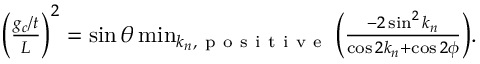
\begin{array} { r } { \Big ( \frac { g _ { c } / t } { L } \Big ) ^ { 2 } = \sin \theta \operatorname* { m i n } _ { k _ { n } , \mathrm { ~ p ~ o ~ s ~ i ~ t ~ i ~ v ~ e ~ } } \Big ( \frac { - 2 \sin ^ { 2 } k _ { n } } { \cos 2 k _ { n } + \cos 2 \phi } \Big ) . } \end{array}